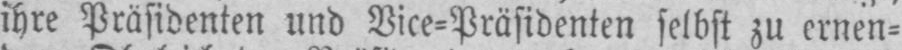
ihre Präsidenten und Vice⸗Präsidenten selbst zu ernen⸗